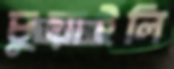
চুয়াইলি